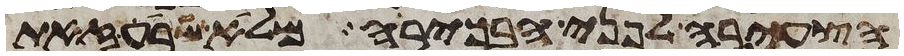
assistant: הצעירה לפני הבכירה מלא שבע זאת